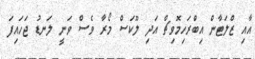
އާއި ޒްލަޓާން އިބްރަހިމޮވިޗް އަދި ލޫކަސް މޯރާ ވެސް ވަނީ ލަނޑު ޖަހައިފަ